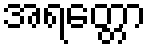
အရတ္တော